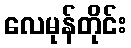
လေမုန်တိုင်း